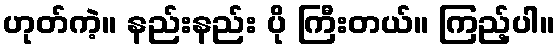
ဟုတ်ကဲ့။ နည်းနည်း ပို ကြီးတယ်။ ကြည့်ပါ။